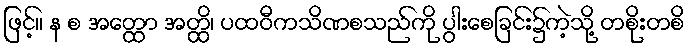
ဖြင့်။ န စ အတ္ထော အတ္ထိ၊ ပထဝီကသိဏစသည်ကို ပွါးစေခြင်း၌ကဲ့သို့ တစိုးတစိ